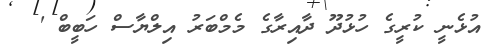
އުޅެނީ ކުރީގެ ހުޅުދޫ ދާއިރާގެ މެމްބަރު އިލްޔާސް ހަބީބް '